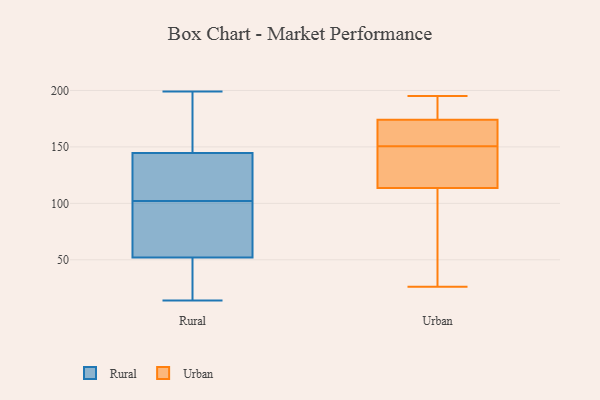
{"axis": {"x": "Page Views", "y": "Value"}, "legend": ["Rural", "Urban"], "data": [{"x": "", "y": 199, "type": "Rural"}, {"x": "", "y": 89, "type": "Rural"}, {"x": "", "y": 143, "type": "Rural"}, {"x": "", "y": 71, "type": "Rural"}, {"x": "", "y": 165, "type": "Rural"}, {"x": "", "y": 25, "type": "Rural"}, {"x": "", "y": 149, "type": "Rural"}, {"x": "", "y": 110, "type": "Rural"}, {"x": "", "y": 67, "type": "Rural"}, {"x": "", "y": 102, "type": "Rural"}, {"x": "", "y": 43, "type": "Rural"}, {"x": "", "y": 55, "type": "Rural"}, {"x": "", "y": 40, "type": "Rural"}, {"x": "", "y": 14, "type": "Rural"}, {"x": "", "y": 127, "type": "Rural"}, {"x": "", "y": 186, "type": "Rural"}, {"x": "", "y": 122, "type": "Rural"}, {"x": "", "y": 105, "type": "Urban"}, {"x": "", "y": 146, "type": "Urban"}, {"x": "", "y": 98, "type": "Urban"}, {"x": "", "y": 26, "type": "Urban"}, {"x": "", "y": 132, "type": "Urban"}, {"x": "", "y": 179, "type": "Urban"}, {"x": "", "y": 155, "type": "Urban"}, {"x": "", "y": 185, "type": "Urban"}, {"x": "", "y": 169, "type": "Urban"}, {"x": "", "y": 185, "type": "Urban"}, {"x": "", "y": 122, "type": "Urban"}, {"x": "", "y": 128, "type": "Urban"}, {"x": "", "y": 156, "type": "Urban"}, {"x": "", "y": 195, "type": "Urban"}, {"x": "", "y": 54, "type": "Urban"}, {"x": "", "y": 164, "type": "Urban"}]}